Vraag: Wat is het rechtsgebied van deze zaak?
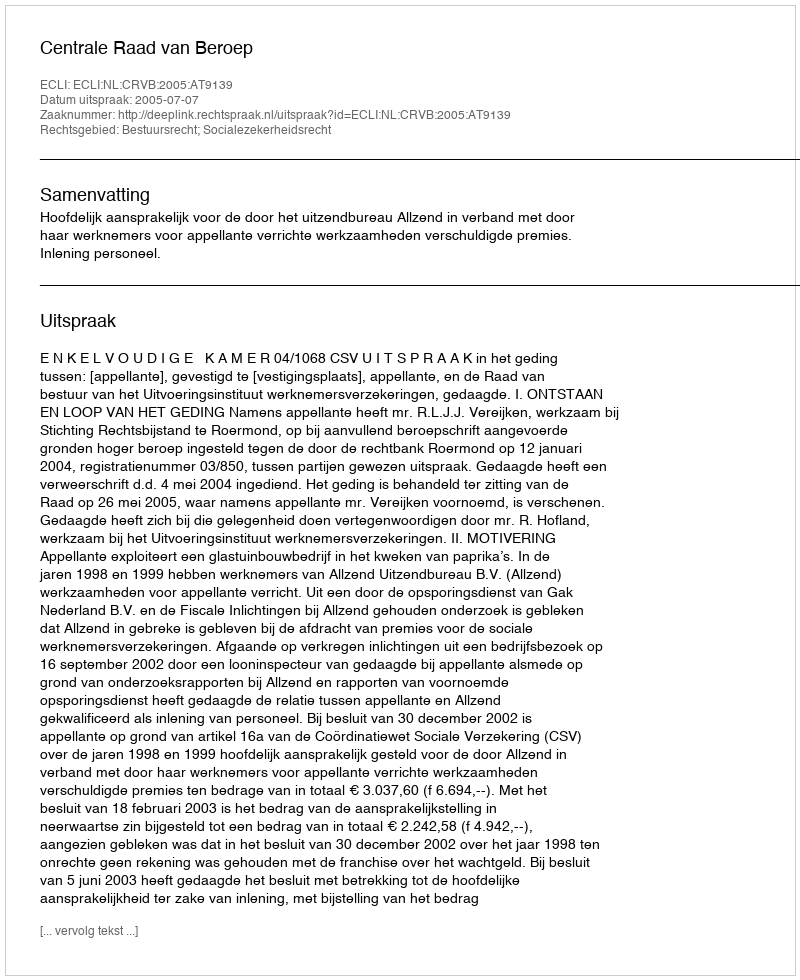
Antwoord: Bestuursrecht; Socialezekerheidsrecht